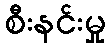
စီးနင်းမှု